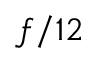
f / 1 2